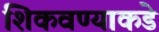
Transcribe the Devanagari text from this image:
शिकवण्याकडे